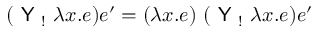
( { \textsf { Y } } _ { ! } \ \lambda x . e ) e ^ { \prime } = ( \lambda x . e ) \ ( { \textsf { Y } } _ { ! } \ \lambda x . e ) e ^ { \prime }